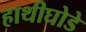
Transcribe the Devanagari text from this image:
हाथीघोडे